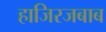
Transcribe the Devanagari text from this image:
हाजिरजबाब